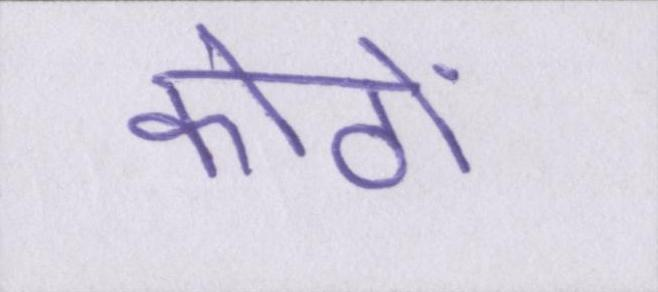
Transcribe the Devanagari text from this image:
कोठों